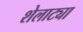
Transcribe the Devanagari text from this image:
शेलाट्या